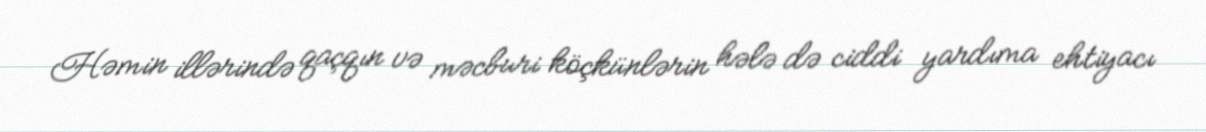
Həmin illərində qaçqın və məcburi köçkünlərin hələ də ciddi yardıma ehtiyacı